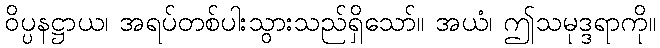
ဝိပ္ပနဋ္ဌာယ၊ အရပ်တစ်ပါးသွားသည်ရှိသော်။ အယံ၊ ဤသမုဒ္ဒရာကို။